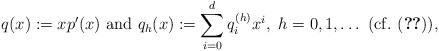
\begin{align*}q(x):=xp'(x)~{\rm and}~q_h(x):=\sum_{i=0}^dq_i^{(h)}x^i,~h=0,1,\dots~{\rm (cf.~ (\ref{eqdnd2}))},\end{align*}